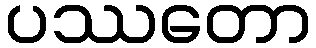
ပဿတော